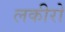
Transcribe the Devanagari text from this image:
लकीरो